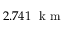
2 . 7 4 1 ~ \mathrm { ~ k ~ m ~ }